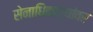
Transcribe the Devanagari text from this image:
सेनाधिकाऱ्यांवर